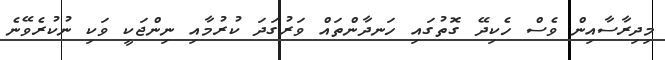
މިދިރާސާއިން ވެސް ހެކިދޭ ގޮތުގައި ހަނދާންތައް ވަރުގަދަ ކުރުމާއި ނިންޖަކީ ވަކި ނުކުރެވޭނެ